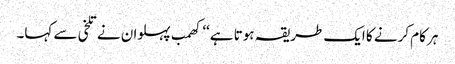
ہر کام کرنے کا ایک طریقہ ہوتا ہے‘‘ کھمب پہلوان نے تلخی سے کہا۔